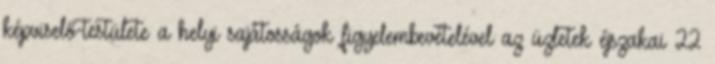
képviselő-testülete a helyi sajátosságok figyelembevételével az üzletek éjszakai 22